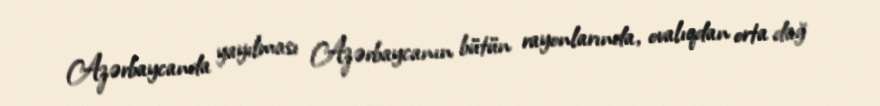
Azərbaycanda yayılması Azərbaycanın bütün rayonlarında, ovalıqdan orta dağ